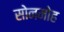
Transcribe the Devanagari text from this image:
सोनमोह